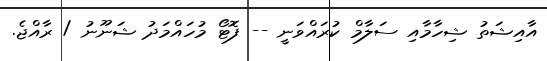
އާއިޝަތު ޝިހާމާއި ސަލާމް ކުރައްވަނީ -- ފޮޓޯ މުހައްމަދު ޝަނޫނު / ރާއްޖެ.